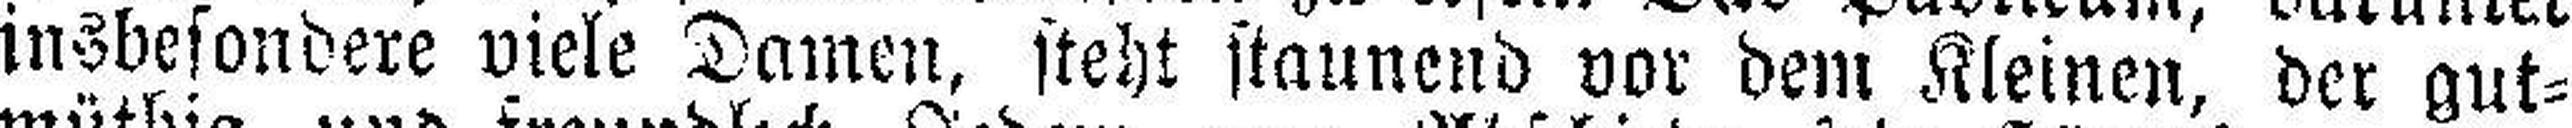
insbesondere viele Damen, steht staunend vor dem Kleinen, der gut¬